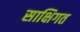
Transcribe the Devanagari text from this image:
साक्षिगत